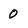
Character: 0